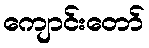
ကျောင်းတော်